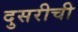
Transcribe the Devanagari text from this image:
दुसरीची